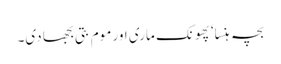
بچہ ہنسا‘ پھونک ماری اور موم بتی بجھا دی۔